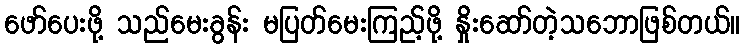
ဖော်ပေးဖို့ သည်မေးခွန်း မပြတ်မေးကြည့်ဖို့ နှိုးဆော်တဲ့သဘောဖြစ်တယ်။